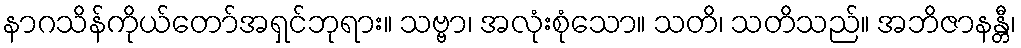
နာဂသိန်ကိုယ်တော်အရှင်ဘုရား။ သဗ္ဗာ၊ အလုံးစုံသော။ သတိ၊ သတိသည်။ အဘိဇာနန္တီ၊